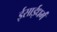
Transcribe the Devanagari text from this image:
ईसाईधर्मं